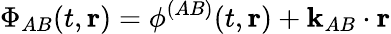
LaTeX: \Phi_{AB}(t,\mathbf{r})=\phi^{(AB)}(t,\mathbf{r})+\mathbf{k}_{AB}\cdot\mathbf{r}